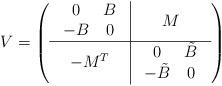
LaTeX: \begin{align*}V=\left(\begin{array}{c|c}\begin{array}{cc}0 & B \\-B & 0 \\\end{array} & M \\ \hline- M^T & \begin{array}{cc}0 & \tilde B \\-\tilde B & 0 \\\end{array}\end{array}\right)\end{align*}